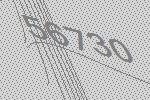
56730